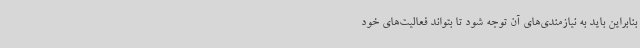
بنابراین باید به نیازمندی‌های آن توجه شود تا بتواند فعالیت‌های خود